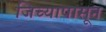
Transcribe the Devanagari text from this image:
जिच्यापासून